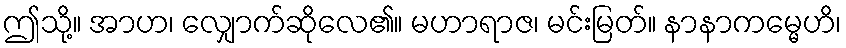
ဤသို့။ အာဟ၊ လျှောက်ဆိုလေ၏။ မဟာရာဇ၊ မင်းမြတ်။ နာနာကမ္မေဟိ၊